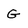
Character: G